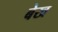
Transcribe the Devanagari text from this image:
बेख